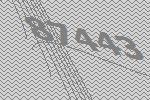
87443